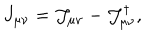
LaTeX: J _ { \mu \nu } = \mathcal { J } _ { \mu \nu } - \mathcal { J } _ { \mu \nu } ^ { \dagger } ,